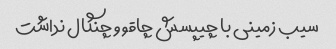
سیب زمینی با چیپسش چاقو و چنگال نداشت